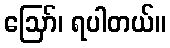
ဪ၊ ရပါတယ်။